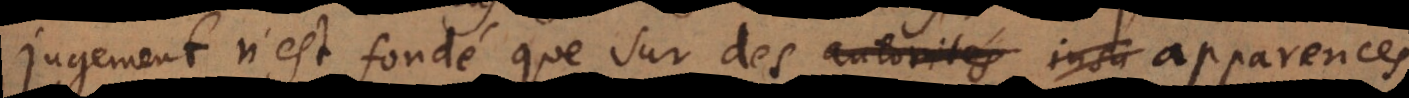
jugement n’est fondé que sur des autorités insu apparences